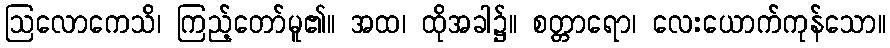
ဩလောကေသိ၊ ကြည့်တော်မူ၏။ အထ၊ ထိုအခါ၌။ စတ္တာရော၊ လေးယောက်ကုန်သော။